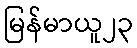
မြန်မာယူ၂၃